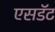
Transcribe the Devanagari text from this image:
एसडॅट